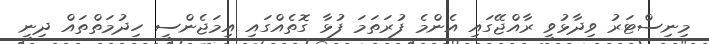
މިނިސްޓަރު ވިދާޅުވީ ރާއްޖޭގައި އެންމެ ފުރަތަމަ ފުޅާ ގޮތެއްގައި އިމަޖެންސީ ހިދުމަތްތައް ދިނީ